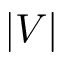
| V |